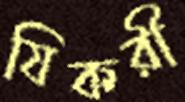
যিকরী